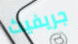
جريفيث